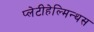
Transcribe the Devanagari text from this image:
प्लेटीहेल्मिन्थस